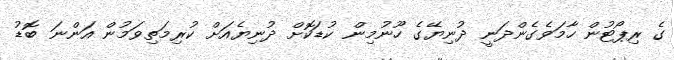
ގެ ރިޕޯޓުން ހާމަވެގެންދަނީ ދުނިޔޭގެ ހޫނުމިން ކުޑަކޮށް ދުނިޔެއަށް ކުރިމަތިވަމުން އަންނަ ބޮޑު